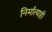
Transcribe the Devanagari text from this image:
निर्मात्याही